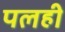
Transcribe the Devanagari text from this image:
पलही